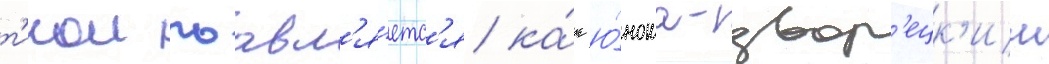
т'икои поавл'я́етс'я ка́к ю́ноша-двор'ецк'ии